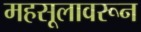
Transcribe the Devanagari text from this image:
महसूलावरून